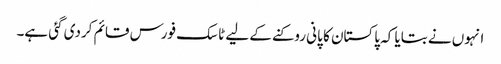
انہوں نے بتایا کہ پاکستان کا پانی روکنے کے لیے ٹاسک فورس قائم کردی گئی ہے۔